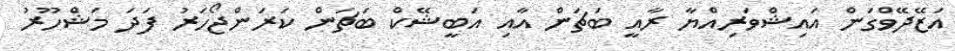
އަޒޭދޭވްގަން އައިޝްވަރިއްޔާ ރާއީ ބަޗަން އާއި އަބީޝޭކް ބަޗަން ކަރަންޖޯހަރު ފަދަ މަޝްހޫރު